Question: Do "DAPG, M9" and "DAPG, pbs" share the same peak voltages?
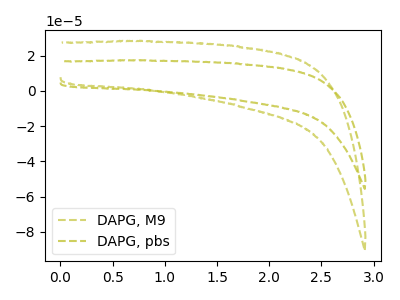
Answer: <think>The olive dashed curve "DAPG, M9" has no peaks. The olive dashed curve "DAPG, pbs" has no peaks.</think>
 <answer>Niether CV has any peaks.</answer>
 <eval>blanks</eval>